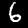
Label: 6